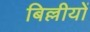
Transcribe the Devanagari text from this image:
बिल्लीयों